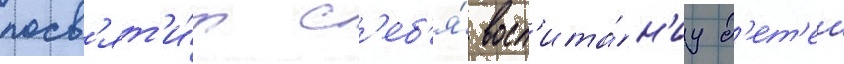
посв'ят'и́т с'еб'я́ восп'ита́н'иу д'ет'еи